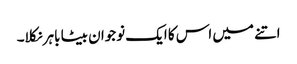
اتنے میں اس کا ایک نوجوان بیٹا باہر نکلا۔